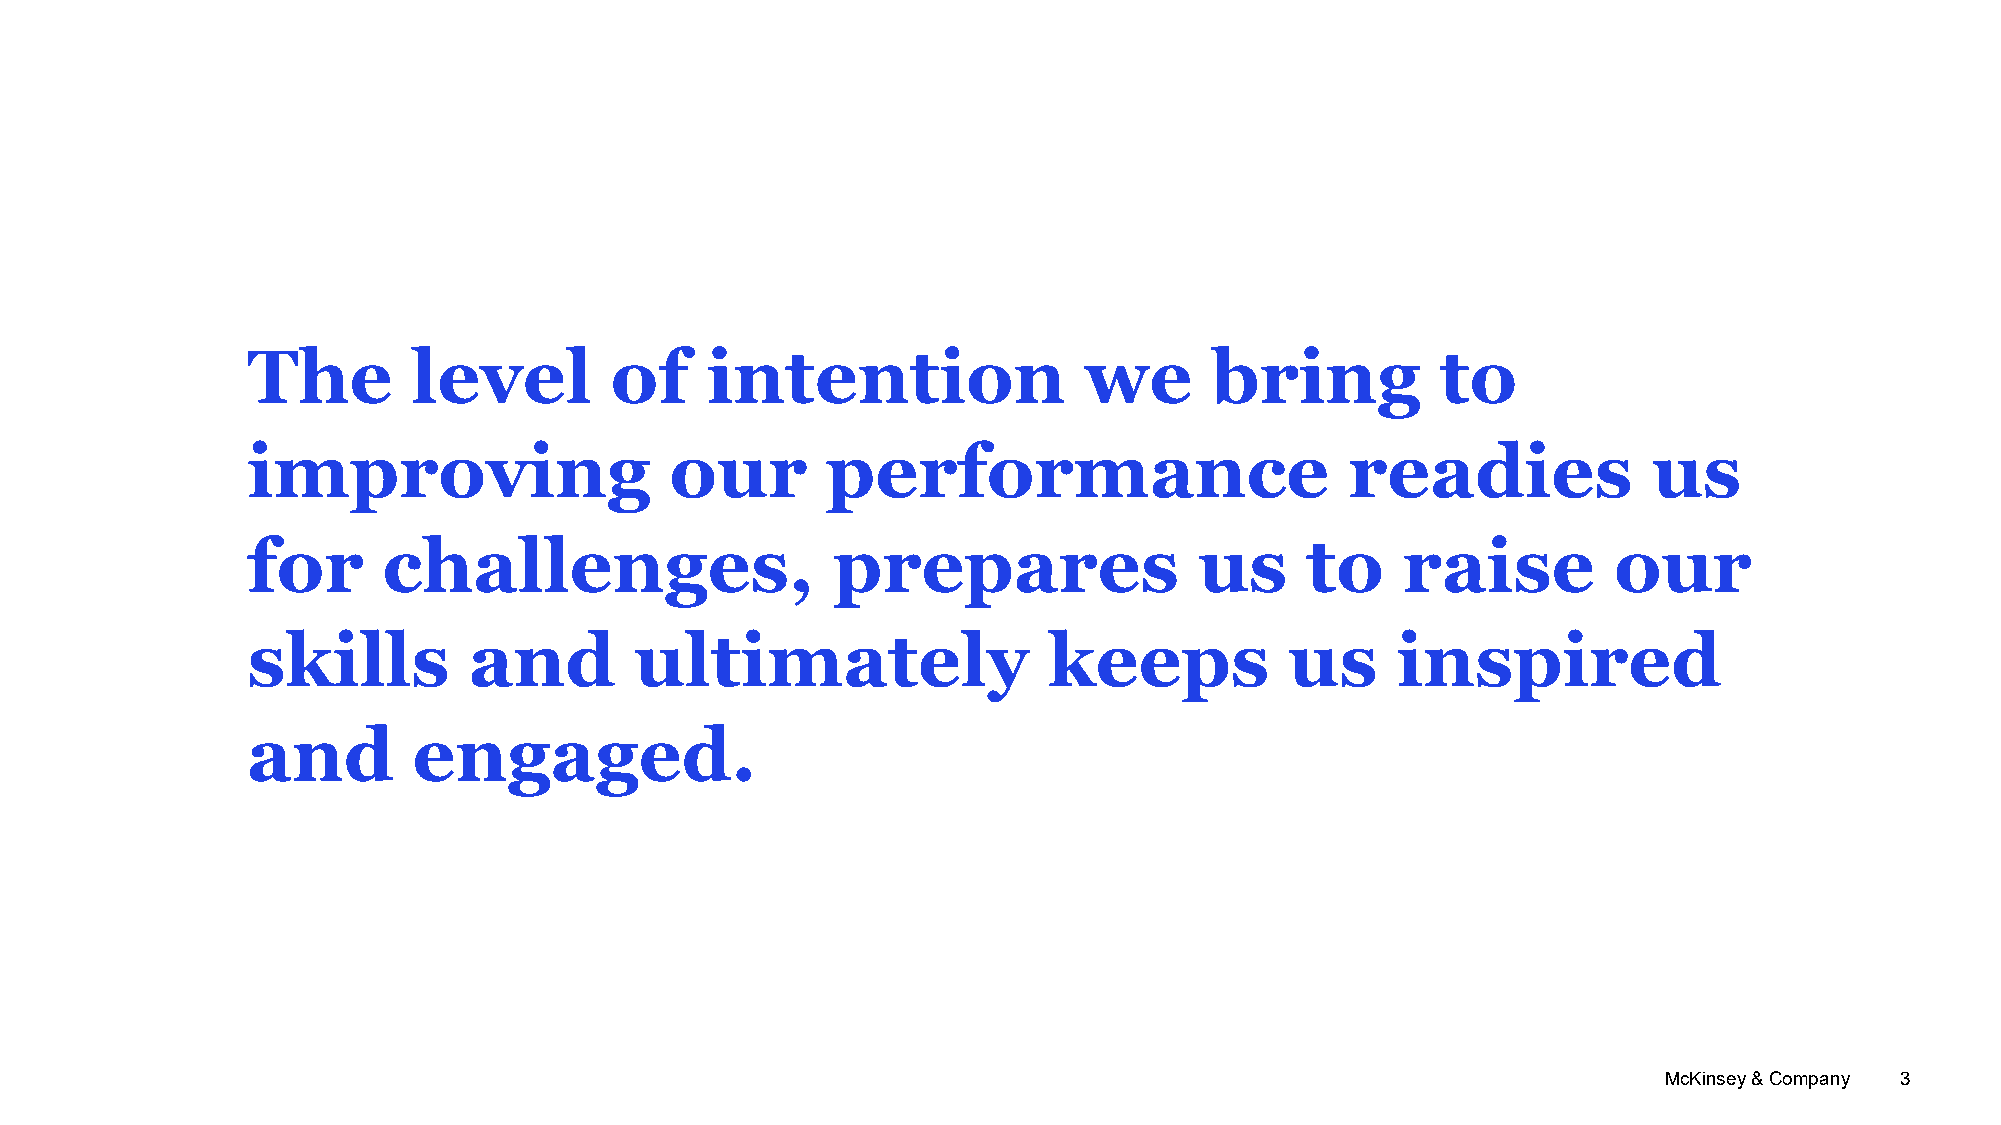
The        level        of     intention                we      bring          to
 improving                   our        performance                       readies             us
 for      challenges,                   prepares                us     to     raise         our
 skills         and        ultimately                 keeps           us     inspired
 and        engaged.
 McKinsey & Company 3